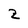
Character: Z